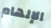
الإلهام